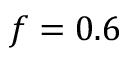
f = 0 . 6